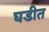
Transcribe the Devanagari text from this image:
घडीत